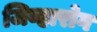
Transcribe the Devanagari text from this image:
जिव्हारोग